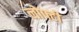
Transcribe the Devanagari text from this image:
लोफ्टी